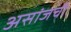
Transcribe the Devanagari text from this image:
असांजची